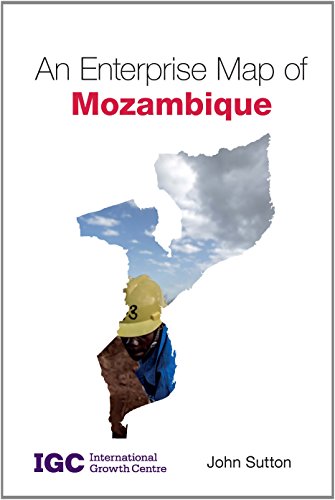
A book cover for An Enterprise Map of Mozambique; John Sutton; Travel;